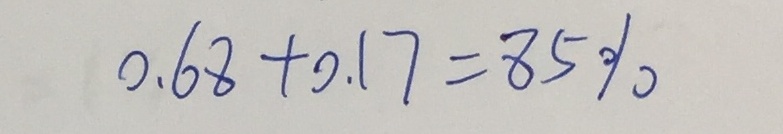
0 . 6 8 + 0 . 1 7 = 8 5 \%